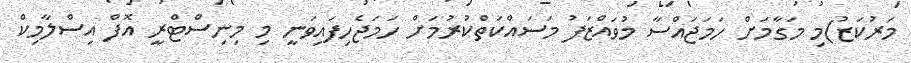
މަރުކަޒު)މި މަގާމަށް ހަމަޖައްސާ މުވައްޒަފު މަސައްކަތްކުރުމަށް ހަމަޖެހިފައިވަނީ މި މިނިސްޓްރީ އޮފް އިސްލާމިކް